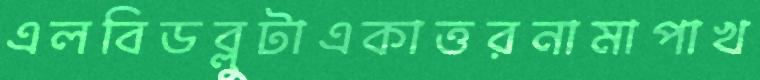
এলবিডব্লুটাএকাত্তরনামাপাখ